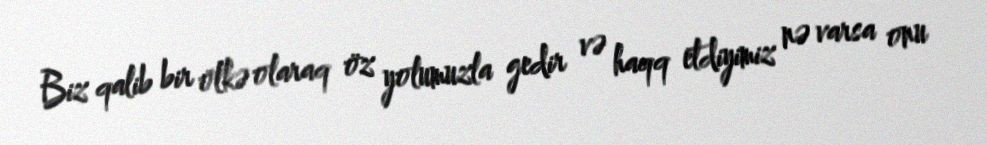
Biz qalib bir ölkə olaraq öz yolumuzla gedir və haqq etdiyimiz nə varsa onu